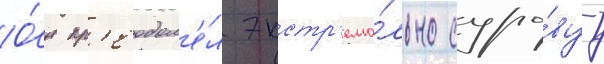
О́н пр'еодол'е́л экстр'ема́льно суро́вуу